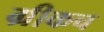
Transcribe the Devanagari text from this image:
ग्रीकच